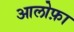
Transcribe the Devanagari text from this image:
आलोफ़ा